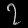
Digit: ၇